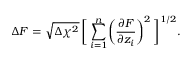
\Delta F = \sqrt { \Delta \chi ^ { 2 } } \, \biggl [ \, \sum _ { i = 1 } ^ { n } \biggl ( \frac { \partial F } { \partial z _ { i } } \biggr ) ^ { 2 } \, \biggr ] ^ { 1 / 2 } .